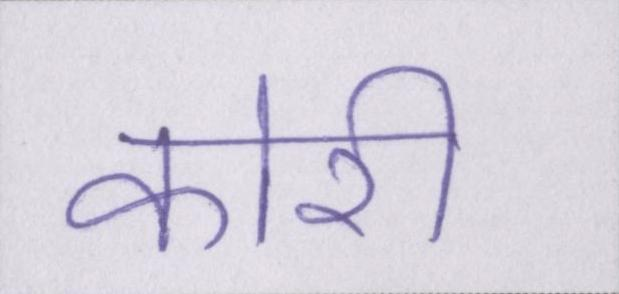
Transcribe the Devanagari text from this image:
कोरी